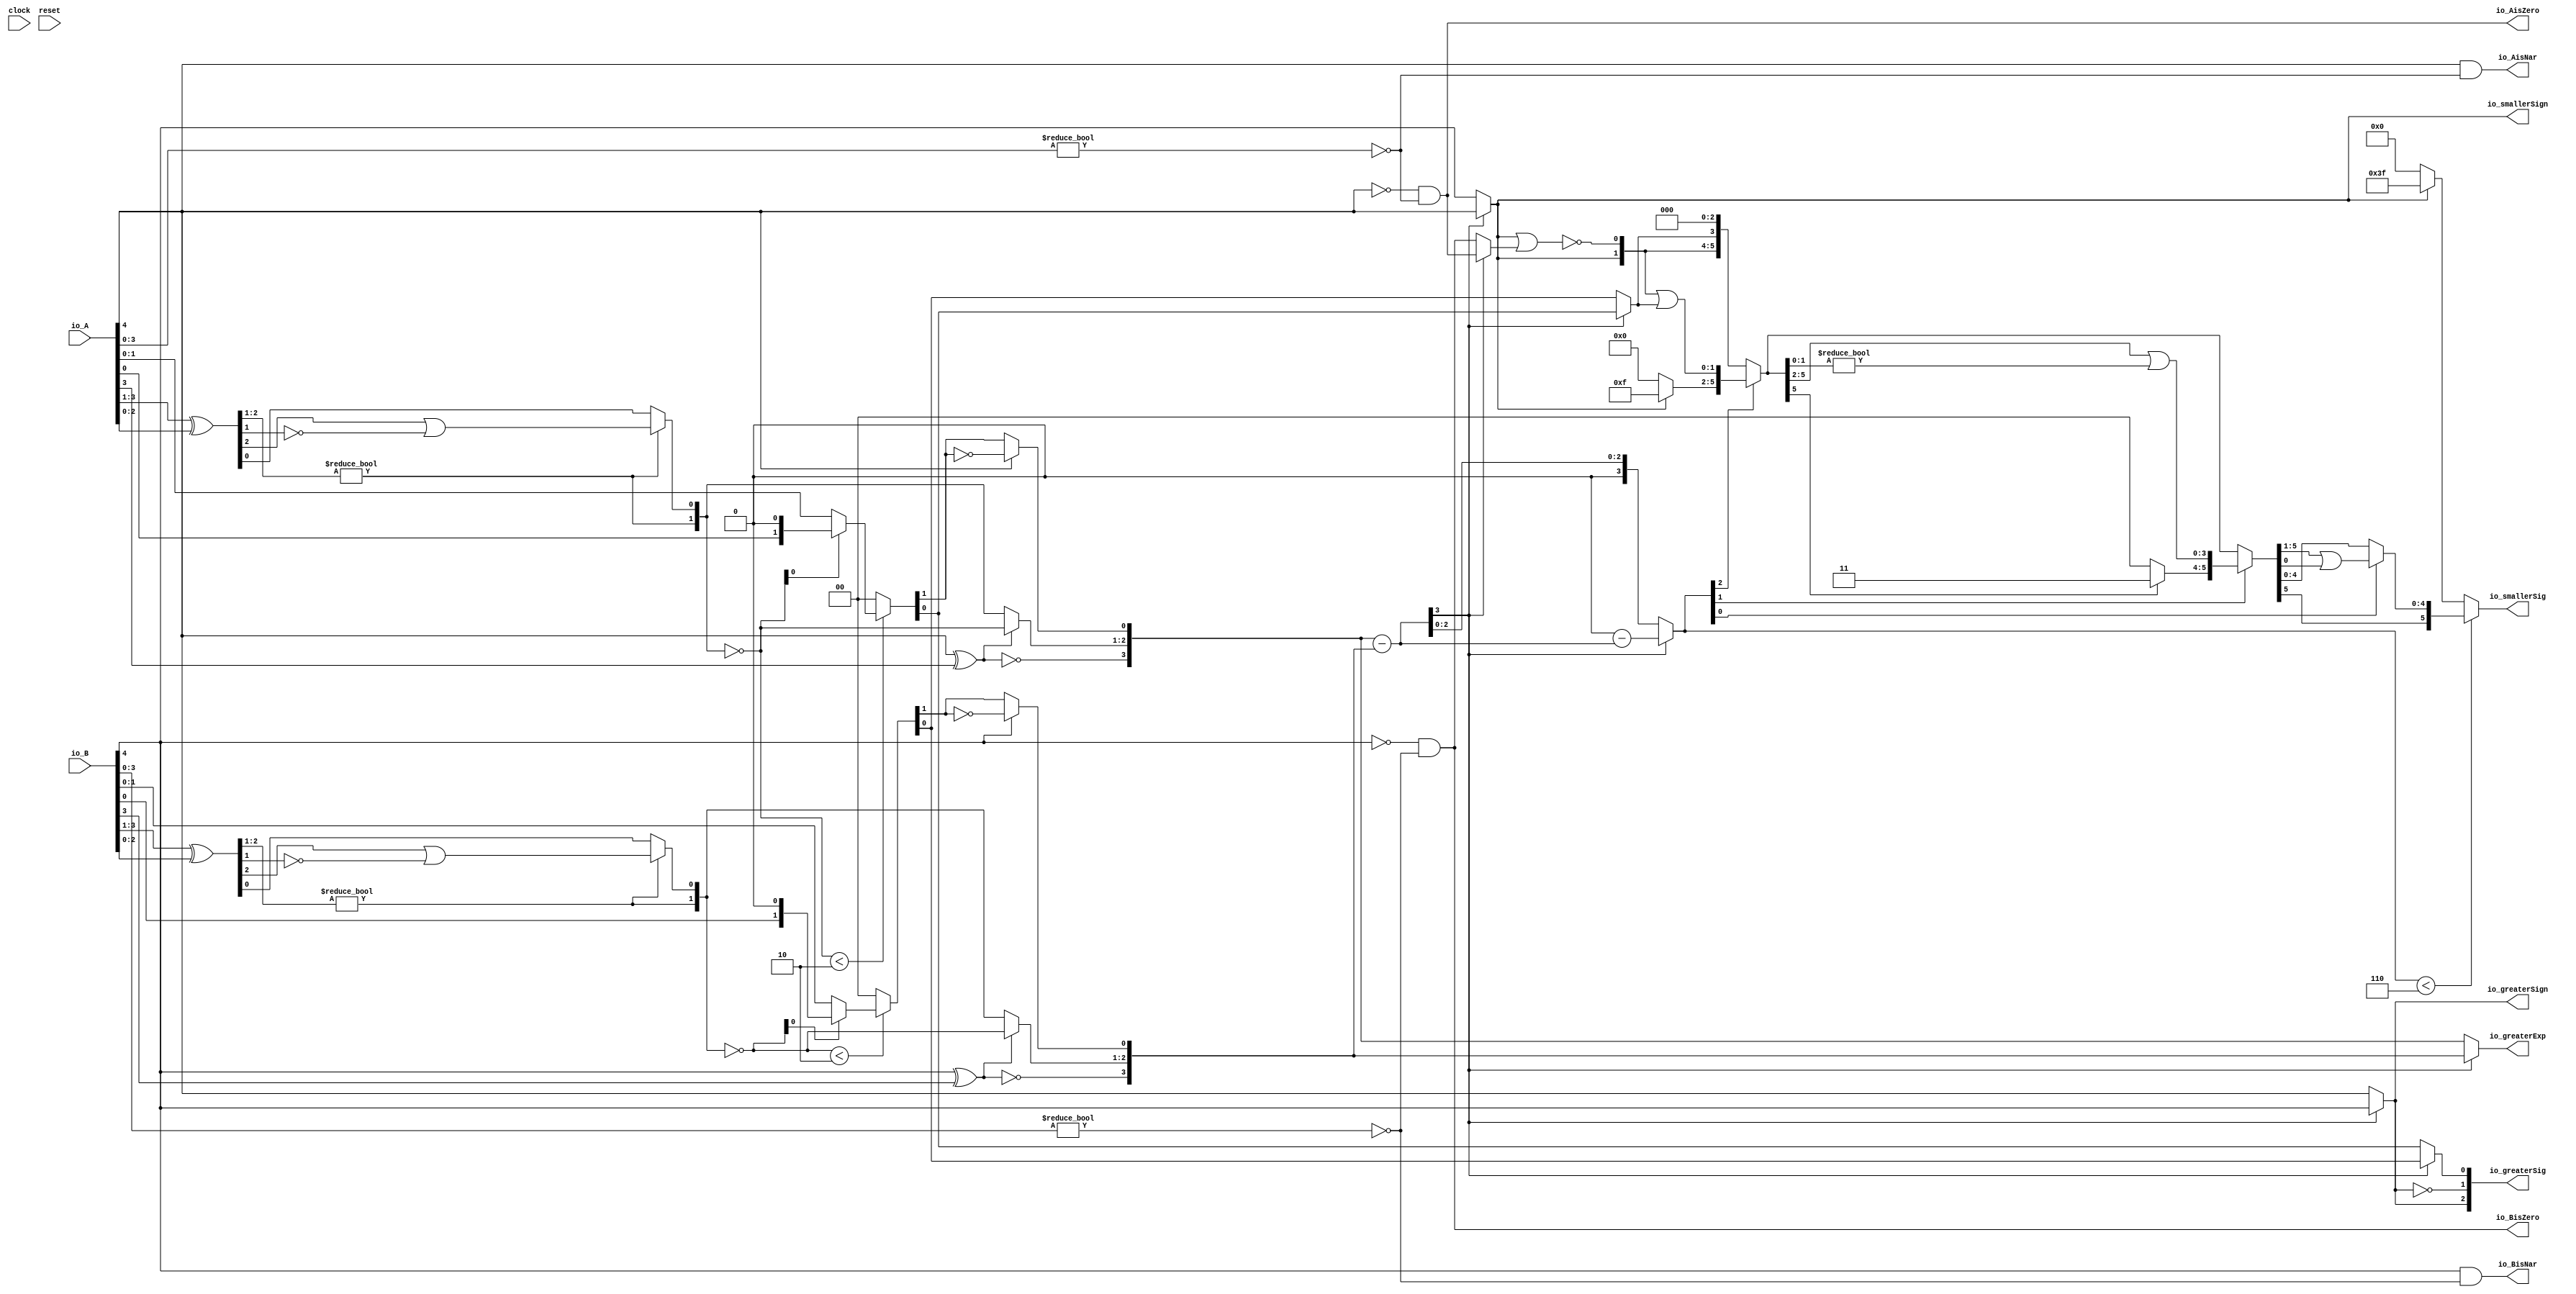
module Sig_op_approx5_1(
  input        clock,
  input        reset,
  input  [4:0] io_A,
  input  [4:0] io_B,
  output       io_greaterSign,
  output       io_smallerSign,
  output [3:0] io_greaterExp,
  output [2:0] io_greaterSig,
  output [5:0] io_smallerSig,
  output       io_AisNar,
  output       io_BisNar,
  output       io_AisZero,
  output       io_BisZero
);
  wire  _T_1; // @[convert.scala 18:24]
  wire  _T_2; // @[convert.scala 18:40]
  wire  _T_3; // @[convert.scala 18:36]
  wire [2:0] _T_4; // @[convert.scala 19:24]
  wire [2:0] _T_5; // @[convert.scala 19:43]
  wire [2:0] _T_6; // @[convert.scala 19:39]
  wire [1:0] _T_7; // @[LZD.scala 43:32]
  wire  _T_8; // @[LZD.scala 39:14]
  wire  _T_9; // @[LZD.scala 39:21]
  wire  _T_10; // @[LZD.scala 39:30]
  wire  _T_11; // @[LZD.scala 39:27]
  wire  _T_12; // @[LZD.scala 39:25]
  wire [1:0] _T_13; // @[Cat.scala 29:58]
  wire  _T_14; // @[LZD.scala 44:32]
  wire  _T_16; // @[Shift.scala 12:21]
  wire  _T_18; // @[LZD.scala 55:32]
  wire  _T_19; // @[LZD.scala 55:20]
  wire [1:0] _T_20; // @[Cat.scala 29:58]
  wire [1:0] _T_21; // @[convert.scala 21:22]
  wire [1:0] _T_22; // @[convert.scala 22:36]
  wire  _T_23; // @[Shift.scala 16:24]
  wire  _T_24; // @[Shift.scala 17:37]
  wire  _T_26; // @[Shift.scala 64:52]
  wire [1:0] _T_27; // @[Cat.scala 29:58]
  wire [1:0] _T_28; // @[Shift.scala 64:27]
  wire [1:0] _T_29; // @[Shift.scala 16:10]
  wire  _T_30; // @[convert.scala 23:34]
  wire  decA_fraction; // @[convert.scala 24:34]
  wire  _T_32; // @[convert.scala 25:26]
  wire [1:0] _T_34; // @[convert.scala 25:42]
  wire  _T_37; // @[convert.scala 26:67]
  wire  _T_38; // @[convert.scala 26:51]
  wire [3:0] _T_39; // @[Cat.scala 29:58]
  wire [3:0] _T_41; // @[convert.scala 29:56]
  wire  _T_42; // @[convert.scala 29:60]
  wire  _T_43; // @[convert.scala 29:41]
  wire  _T_46; // @[convert.scala 30:19]
  wire  decA_isZero; // @[convert.scala 30:41]
  wire [3:0] decA_scale; // @[convert.scala 32:24]
  wire  _T_55; // @[convert.scala 18:24]
  wire  _T_56; // @[convert.scala 18:40]
  wire  _T_57; // @[convert.scala 18:36]
  wire [2:0] _T_58; // @[convert.scala 19:24]
  wire [2:0] _T_59; // @[convert.scala 19:43]
  wire [2:0] _T_60; // @[convert.scala 19:39]
  wire [1:0] _T_61; // @[LZD.scala 43:32]
  wire  _T_62; // @[LZD.scala 39:14]
  wire  _T_63; // @[LZD.scala 39:21]
  wire  _T_64; // @[LZD.scala 39:30]
  wire  _T_65; // @[LZD.scala 39:27]
  wire  _T_66; // @[LZD.scala 39:25]
  wire [1:0] _T_67; // @[Cat.scala 29:58]
  wire  _T_68; // @[LZD.scala 44:32]
  wire  _T_70; // @[Shift.scala 12:21]
  wire  _T_72; // @[LZD.scala 55:32]
  wire  _T_73; // @[LZD.scala 55:20]
  wire [1:0] _T_74; // @[Cat.scala 29:58]
  wire [1:0] _T_75; // @[convert.scala 21:22]
  wire [1:0] _T_76; // @[convert.scala 22:36]
  wire  _T_77; // @[Shift.scala 16:24]
  wire  _T_78; // @[Shift.scala 17:37]
  wire  _T_80; // @[Shift.scala 64:52]
  wire [1:0] _T_81; // @[Cat.scala 29:58]
  wire [1:0] _T_82; // @[Shift.scala 64:27]
  wire [1:0] _T_83; // @[Shift.scala 16:10]
  wire  _T_84; // @[convert.scala 23:34]
  wire  decB_fraction; // @[convert.scala 24:34]
  wire  _T_86; // @[convert.scala 25:26]
  wire [1:0] _T_88; // @[convert.scala 25:42]
  wire  _T_91; // @[convert.scala 26:67]
  wire  _T_92; // @[convert.scala 26:51]
  wire [3:0] _T_93; // @[Cat.scala 29:58]
  wire [3:0] _T_95; // @[convert.scala 29:56]
  wire  _T_96; // @[convert.scala 29:60]
  wire  _T_97; // @[convert.scala 29:41]
  wire  _T_100; // @[convert.scala 30:19]
  wire  decB_isZero; // @[convert.scala 30:41]
  wire [3:0] decB_scale; // @[convert.scala 32:24]
  wire [3:0] _T_109; // @[Sig_op_approx.scala 37:30]
  wire [3:0] scale_diff; // @[Sig_op_approx.scala 37:30]
  wire  _T_110; // @[Sig_op_approx.scala 38:37]
  wire  aGTb; // @[Sig_op_approx.scala 38:21]
  wire  greaterFrac; // @[Sig_op_approx.scala 43:24]
  wire  smallerFrac; // @[Sig_op_approx.scala 44:24]
  wire  smallerZero; // @[Sig_op_approx.scala 45:24]
  wire [3:0] _T_116; // @[Sig_op_approx.scala 46:35]
  wire [3:0] _T_117; // @[Sig_op_approx.scala 46:35]
  wire [3:0] sdiff; // @[Sig_op_approx.scala 46:18]
  wire  _T_118; // @[Sig_op_approx.scala 51:53]
  wire  _T_119; // @[Sig_op_approx.scala 51:36]
  wire [5:0] _T_122; // @[Cat.scala 29:58]
  wire [3:0] _T_123; // @[Sig_op_approx.scala 51:119]
  wire  _T_124; // @[Shift.scala 39:24]
  wire [2:0] _T_125; // @[Shift.scala 40:44]
  wire [1:0] _T_126; // @[Shift.scala 90:30]
  wire [3:0] _T_127; // @[Shift.scala 90:48]
  wire  _T_128; // @[Shift.scala 90:57]
  wire [1:0] _GEN_0; // @[Shift.scala 90:39]
  wire [1:0] _T_129; // @[Shift.scala 90:39]
  wire  _T_130; // @[Shift.scala 12:21]
  wire  _T_131; // @[Shift.scala 12:21]
  wire [3:0] _T_133; // @[Bitwise.scala 71:12]
  wire [5:0] _T_134; // @[Cat.scala 29:58]
  wire [5:0] _T_135; // @[Shift.scala 91:22]
  wire [1:0] _T_136; // @[Shift.scala 92:77]
  wire [3:0] _T_137; // @[Shift.scala 90:30]
  wire [1:0] _T_138; // @[Shift.scala 90:48]
  wire  _T_139; // @[Shift.scala 90:57]
  wire [3:0] _GEN_1; // @[Shift.scala 90:39]
  wire [3:0] _T_140; // @[Shift.scala 90:39]
  wire  _T_141; // @[Shift.scala 12:21]
  wire  _T_142; // @[Shift.scala 12:21]
  wire [1:0] _T_144; // @[Bitwise.scala 71:12]
  wire [5:0] _T_145; // @[Cat.scala 29:58]
  wire [5:0] _T_146; // @[Shift.scala 91:22]
  wire  _T_147; // @[Shift.scala 92:77]
  wire [4:0] _T_148; // @[Shift.scala 90:30]
  wire  _T_149; // @[Shift.scala 90:48]
  wire [4:0] _GEN_2; // @[Shift.scala 90:39]
  wire [4:0] _T_151; // @[Shift.scala 90:39]
  wire  _T_153; // @[Shift.scala 12:21]
  wire [5:0] _T_154; // @[Cat.scala 29:58]
  wire [5:0] _T_155; // @[Shift.scala 91:22]
  wire [5:0] _T_158; // @[Bitwise.scala 71:12]
  wire  _T_159; // @[Sig_op_approx.scala 57:40]
  wire [1:0] _T_160; // @[Cat.scala 29:58]
  assign _T_1 = io_A[4]; // @[convert.scala 18:24]
  assign _T_2 = io_A[3]; // @[convert.scala 18:40]
  assign _T_3 = _T_1 ^ _T_2; // @[convert.scala 18:36]
  assign _T_4 = io_A[3:1]; // @[convert.scala 19:24]
  assign _T_5 = io_A[2:0]; // @[convert.scala 19:43]
  assign _T_6 = _T_4 ^ _T_5; // @[convert.scala 19:39]
  assign _T_7 = _T_6[2:1]; // @[LZD.scala 43:32]
  assign _T_8 = _T_7 != 2'h0; // @[LZD.scala 39:14]
  assign _T_9 = _T_7[1]; // @[LZD.scala 39:21]
  assign _T_10 = _T_7[0]; // @[LZD.scala 39:30]
  assign _T_11 = ~ _T_10; // @[LZD.scala 39:27]
  assign _T_12 = _T_9 | _T_11; // @[LZD.scala 39:25]
  assign _T_13 = {_T_8,_T_12}; // @[Cat.scala 29:58]
  assign _T_14 = _T_6[0:0]; // @[LZD.scala 44:32]
  assign _T_16 = _T_13[1]; // @[Shift.scala 12:21]
  assign _T_18 = _T_13[0:0]; // @[LZD.scala 55:32]
  assign _T_19 = _T_16 ? _T_18 : _T_14; // @[LZD.scala 55:20]
  assign _T_20 = {_T_16,_T_19}; // @[Cat.scala 29:58]
  assign _T_21 = ~ _T_20; // @[convert.scala 21:22]
  assign _T_22 = io_A[1:0]; // @[convert.scala 22:36]
  assign _T_23 = _T_21 < 2'h2; // @[Shift.scala 16:24]
  assign _T_24 = _T_21[0]; // @[Shift.scala 17:37]
  assign _T_26 = _T_22[0:0]; // @[Shift.scala 64:52]
  assign _T_27 = {_T_26,1'h0}; // @[Cat.scala 29:58]
  assign _T_28 = _T_24 ? _T_27 : _T_22; // @[Shift.scala 64:27]
  assign _T_29 = _T_23 ? _T_28 : 2'h0; // @[Shift.scala 16:10]
  assign _T_30 = _T_29[1:1]; // @[convert.scala 23:34]
  assign decA_fraction = _T_29[0:0]; // @[convert.scala 24:34]
  assign _T_32 = _T_3 == 1'h0; // @[convert.scala 25:26]
  assign _T_34 = _T_3 ? _T_21 : _T_20; // @[convert.scala 25:42]
  assign _T_37 = ~ _T_30; // @[convert.scala 26:67]
  assign _T_38 = _T_1 ? _T_37 : _T_30; // @[convert.scala 26:51]
  assign _T_39 = {_T_32,_T_34,_T_38}; // @[Cat.scala 29:58]
  assign _T_41 = io_A[3:0]; // @[convert.scala 29:56]
  assign _T_42 = _T_41 != 4'h0; // @[convert.scala 29:60]
  assign _T_43 = ~ _T_42; // @[convert.scala 29:41]
  assign _T_46 = _T_1 == 1'h0; // @[convert.scala 30:19]
  assign decA_isZero = _T_46 & _T_43; // @[convert.scala 30:41]
  assign decA_scale = $signed(_T_39); // @[convert.scala 32:24]
  assign _T_55 = io_B[4]; // @[convert.scala 18:24]
  assign _T_56 = io_B[3]; // @[convert.scala 18:40]
  assign _T_57 = _T_55 ^ _T_56; // @[convert.scala 18:36]
  assign _T_58 = io_B[3:1]; // @[convert.scala 19:24]
  assign _T_59 = io_B[2:0]; // @[convert.scala 19:43]
  assign _T_60 = _T_58 ^ _T_59; // @[convert.scala 19:39]
  assign _T_61 = _T_60[2:1]; // @[LZD.scala 43:32]
  assign _T_62 = _T_61 != 2'h0; // @[LZD.scala 39:14]
  assign _T_63 = _T_61[1]; // @[LZD.scala 39:21]
  assign _T_64 = _T_61[0]; // @[LZD.scala 39:30]
  assign _T_65 = ~ _T_64; // @[LZD.scala 39:27]
  assign _T_66 = _T_63 | _T_65; // @[LZD.scala 39:25]
  assign _T_67 = {_T_62,_T_66}; // @[Cat.scala 29:58]
  assign _T_68 = _T_60[0:0]; // @[LZD.scala 44:32]
  assign _T_70 = _T_67[1]; // @[Shift.scala 12:21]
  assign _T_72 = _T_67[0:0]; // @[LZD.scala 55:32]
  assign _T_73 = _T_70 ? _T_72 : _T_68; // @[LZD.scala 55:20]
  assign _T_74 = {_T_70,_T_73}; // @[Cat.scala 29:58]
  assign _T_75 = ~ _T_74; // @[convert.scala 21:22]
  assign _T_76 = io_B[1:0]; // @[convert.scala 22:36]
  assign _T_77 = _T_75 < 2'h2; // @[Shift.scala 16:24]
  assign _T_78 = _T_75[0]; // @[Shift.scala 17:37]
  assign _T_80 = _T_76[0:0]; // @[Shift.scala 64:52]
  assign _T_81 = {_T_80,1'h0}; // @[Cat.scala 29:58]
  assign _T_82 = _T_78 ? _T_81 : _T_76; // @[Shift.scala 64:27]
  assign _T_83 = _T_77 ? _T_82 : 2'h0; // @[Shift.scala 16:10]
  assign _T_84 = _T_83[1:1]; // @[convert.scala 23:34]
  assign decB_fraction = _T_83[0:0]; // @[convert.scala 24:34]
  assign _T_86 = _T_57 == 1'h0; // @[convert.scala 25:26]
  assign _T_88 = _T_57 ? _T_75 : _T_74; // @[convert.scala 25:42]
  assign _T_91 = ~ _T_84; // @[convert.scala 26:67]
  assign _T_92 = _T_55 ? _T_91 : _T_84; // @[convert.scala 26:51]
  assign _T_93 = {_T_86,_T_88,_T_92}; // @[Cat.scala 29:58]
  assign _T_95 = io_B[3:0]; // @[convert.scala 29:56]
  assign _T_96 = _T_95 != 4'h0; // @[convert.scala 29:60]
  assign _T_97 = ~ _T_96; // @[convert.scala 29:41]
  assign _T_100 = _T_55 == 1'h0; // @[convert.scala 30:19]
  assign decB_isZero = _T_100 & _T_97; // @[convert.scala 30:41]
  assign decB_scale = $signed(_T_93); // @[convert.scala 32:24]
  assign _T_109 = $signed(decA_scale) - $signed(decB_scale); // @[Sig_op_approx.scala 37:30]
  assign scale_diff = $signed(_T_109); // @[Sig_op_approx.scala 37:30]
  assign _T_110 = scale_diff[3:3]; // @[Sig_op_approx.scala 38:37]
  assign aGTb = ~ _T_110; // @[Sig_op_approx.scala 38:21]
  assign greaterFrac = aGTb ? decA_fraction : decB_fraction; // @[Sig_op_approx.scala 43:24]
  assign smallerFrac = aGTb ? decB_fraction : decA_fraction; // @[Sig_op_approx.scala 44:24]
  assign smallerZero = aGTb ? decB_isZero : decA_isZero; // @[Sig_op_approx.scala 45:24]
  assign _T_116 = $signed(4'sh0) - $signed(scale_diff); // @[Sig_op_approx.scala 46:35]
  assign _T_117 = $signed(_T_116); // @[Sig_op_approx.scala 46:35]
  assign sdiff = aGTb ? $signed(scale_diff) : $signed(_T_117); // @[Sig_op_approx.scala 46:18]
  assign _T_118 = io_smallerSign | smallerZero; // @[Sig_op_approx.scala 51:53]
  assign _T_119 = ~ _T_118; // @[Sig_op_approx.scala 51:36]
  assign _T_122 = {io_smallerSign,_T_119,smallerFrac,3'h0}; // @[Cat.scala 29:58]
  assign _T_123 = $unsigned(sdiff); // @[Sig_op_approx.scala 51:119]
  assign _T_124 = _T_123 < 4'h6; // @[Shift.scala 39:24]
  assign _T_125 = _T_123[2:0]; // @[Shift.scala 40:44]
  assign _T_126 = _T_122[5:4]; // @[Shift.scala 90:30]
  assign _T_127 = _T_122[3:0]; // @[Shift.scala 90:48]
  assign _T_128 = _T_127 != 4'h0; // @[Shift.scala 90:57]
  assign _GEN_0 = {{1'd0}, _T_128}; // @[Shift.scala 90:39]
  assign _T_129 = _T_126 | _GEN_0; // @[Shift.scala 90:39]
  assign _T_130 = _T_125[2]; // @[Shift.scala 12:21]
  assign _T_131 = _T_122[5]; // @[Shift.scala 12:21]
  assign _T_133 = _T_131 ? 4'hf : 4'h0; // @[Bitwise.scala 71:12]
  assign _T_134 = {_T_133,_T_129}; // @[Cat.scala 29:58]
  assign _T_135 = _T_130 ? _T_134 : _T_122; // @[Shift.scala 91:22]
  assign _T_136 = _T_125[1:0]; // @[Shift.scala 92:77]
  assign _T_137 = _T_135[5:2]; // @[Shift.scala 90:30]
  assign _T_138 = _T_135[1:0]; // @[Shift.scala 90:48]
  assign _T_139 = _T_138 != 2'h0; // @[Shift.scala 90:57]
  assign _GEN_1 = {{3'd0}, _T_139}; // @[Shift.scala 90:39]
  assign _T_140 = _T_137 | _GEN_1; // @[Shift.scala 90:39]
  assign _T_141 = _T_136[1]; // @[Shift.scala 12:21]
  assign _T_142 = _T_135[5]; // @[Shift.scala 12:21]
  assign _T_144 = _T_142 ? 2'h3 : 2'h0; // @[Bitwise.scala 71:12]
  assign _T_145 = {_T_144,_T_140}; // @[Cat.scala 29:58]
  assign _T_146 = _T_141 ? _T_145 : _T_135; // @[Shift.scala 91:22]
  assign _T_147 = _T_136[0:0]; // @[Shift.scala 92:77]
  assign _T_148 = _T_146[5:1]; // @[Shift.scala 90:30]
  assign _T_149 = _T_146[0:0]; // @[Shift.scala 90:48]
  assign _GEN_2 = {{4'd0}, _T_149}; // @[Shift.scala 90:39]
  assign _T_151 = _T_148 | _GEN_2; // @[Shift.scala 90:39]
  assign _T_153 = _T_146[5]; // @[Shift.scala 12:21]
  assign _T_154 = {_T_153,_T_151}; // @[Cat.scala 29:58]
  assign _T_155 = _T_147 ? _T_154 : _T_146; // @[Shift.scala 91:22]
  assign _T_158 = _T_131 ? 6'h3f : 6'h0; // @[Bitwise.scala 71:12]
  assign _T_159 = ~ io_greaterSign; // @[Sig_op_approx.scala 57:40]
  assign _T_160 = {io_greaterSign,_T_159}; // @[Cat.scala 29:58]
  assign io_greaterSign = aGTb ? _T_1 : _T_55; // @[Sig_op_approx.scala 39:18]
  assign io_smallerSign = aGTb ? _T_55 : _T_1; // @[Sig_op_approx.scala 40:18]
  assign io_greaterExp = aGTb ? $signed(decA_scale) : $signed(decB_scale); // @[Sig_op_approx.scala 41:18]
  assign io_greaterSig = {_T_160,greaterFrac}; // @[Sig_op_approx.scala 57:17]
  assign io_smallerSig = _T_124 ? _T_155 : _T_158; // @[Sig_op_approx.scala 52:17]
  assign io_AisNar = _T_1 & _T_43; // @[Sig_op_approx.scala 47:13]
  assign io_BisNar = _T_55 & _T_97; // @[Sig_op_approx.scala 48:13]
  assign io_AisZero = _T_46 & _T_43; // @[Sig_op_approx.scala 49:14]
  assign io_BisZero = _T_100 & _T_97; // @[Sig_op_approx.scala 50:14]
endmodule